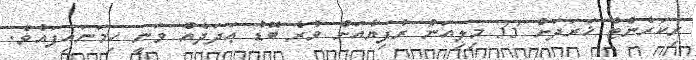
ރިކަރެންޓް ޚަރަދަށް 33 މިލިއަން ރުފިޔާއަށް ވުރެ ބޮޑު ޢަދަދެއް ވަނީ ހިމަނައިފައެވެ.